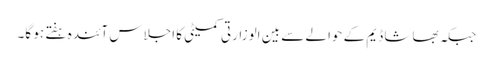
جبکہ بھاشا ڈیم کے حوالے سے بین الوزارتی کمیٹی کا اجلاس آئندہ ہفتے ہو گا۔